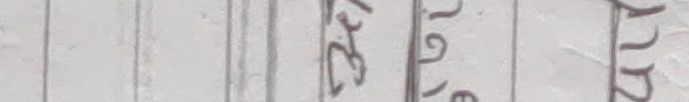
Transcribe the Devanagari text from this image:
231 वैशाख